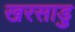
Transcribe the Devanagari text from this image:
खरसाड़ु